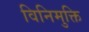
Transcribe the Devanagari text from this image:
विनिमुक्ति